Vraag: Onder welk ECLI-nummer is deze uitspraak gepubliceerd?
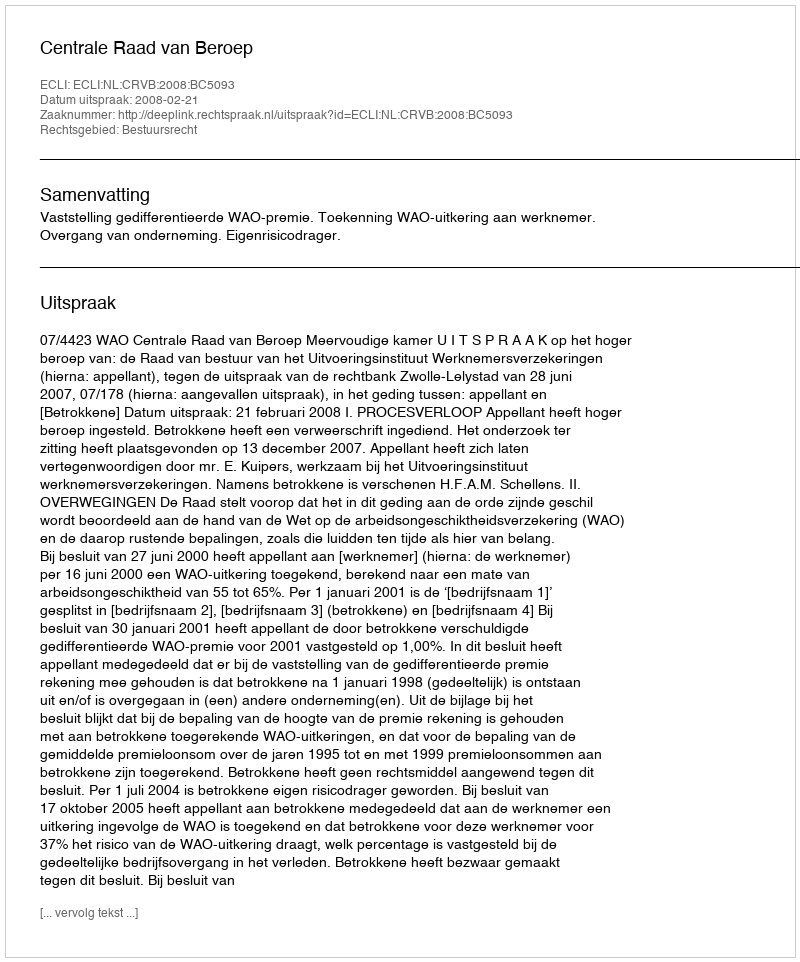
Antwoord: ECLI:NL:CRVB:2008:BC5093